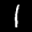
Label: 1